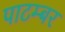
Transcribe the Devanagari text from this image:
पाटम्बर